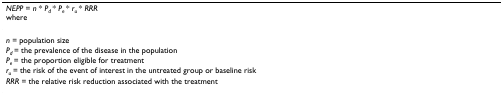
<table><thead><tr><td><b><i>NEPP </i>= <i>n </i>* <i>P</i><sub><i>d </i></sub>* <i>P</i><sub><i>e </i></sub>* <i>r</i><sub><i>u </i></sub>* <i>RRR </i>where</b></td></tr></thead><tbody><tr><td><i>n </i>= population size</td></tr><tr><td><i>P</i><sub><i>d </i></sub>= the prevalence of the disease in the population</td></tr><tr><td><i>P</i><sub><i>e </i></sub>= the proportion eligible for treatment</td></tr><tr><td><i>r</i><sub><i>u </i></sub>= the risk of the event of interest in the untreated group or baseline risk</td></tr><tr><td><i>RRR </i>= the relative risk reduction associated with the treatment</td></tr></tbody></table>